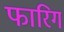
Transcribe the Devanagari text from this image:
फारिग